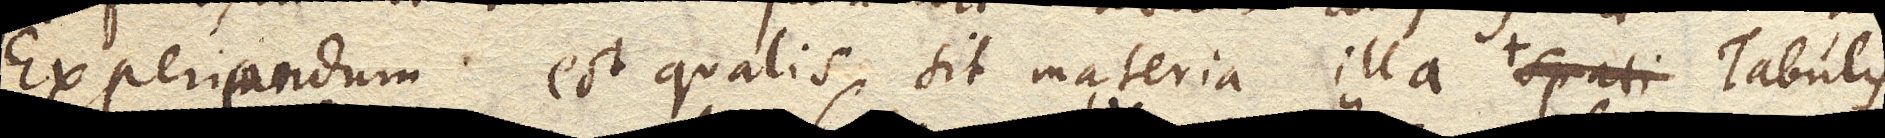
Experiendum est qualis sit materia illa si qua est Tabulis